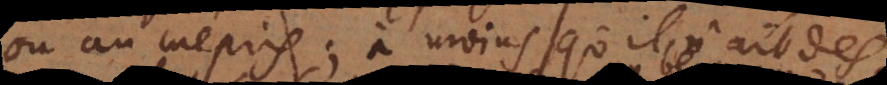
ou au mepris; à moins qu’il n’ait des